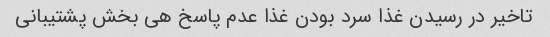
تاخیر در رسیدن غذا سرد بودن غذا عدم پاسخ هی بخش پشتیبانی